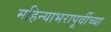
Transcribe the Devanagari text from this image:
महिन्याभरापूर्वीच्या